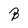
Character: B